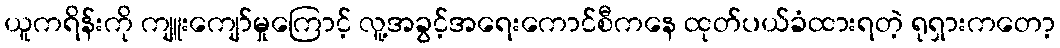
ယူကရိန်းကို ကျူးကျော်မှုကြောင့် လူ့အခွင့်အရေးကောင်စီကနေ ထုတ်ပယ်ခံထားရတဲ့ ရုရှားကတော့